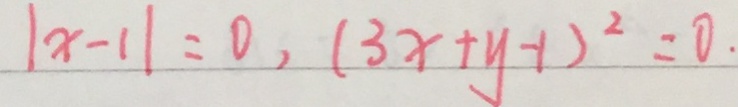
\vert x - 1 \vert = 0 , ( 3 x + y - 1 ) ^ { 2 } = 0 .